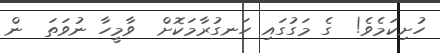
ހުށިކަމެވެ!  ގެ މަގުގައި ހަނގުރާމަކޮށް  ވާމީހާ ނުވަތަ  ން